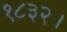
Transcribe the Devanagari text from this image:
१८३२।